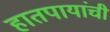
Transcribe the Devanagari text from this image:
हातपायांची